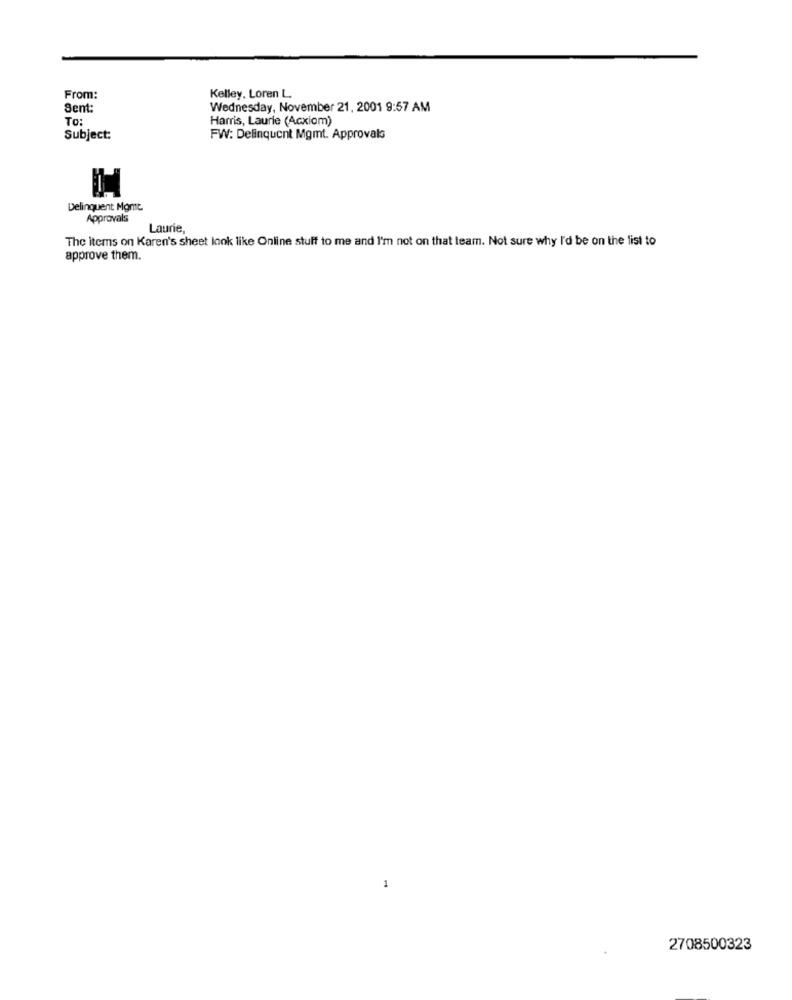
From:
Kelley. Loren L.
Sent:
Wednesday, November 21, 2001 9:57 AM
To:
Harris, Laurie (Acxiom)
Subject:
FW: Delinquent Mgmt. Approvals
Delinquent Mgmt
Approvals
Laurie,
The items on Karen's sheet look like Online stuff to me and I'm not on that team. Not sure why I'd be on the list to
approve them.
1
2708500323